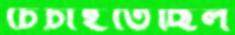
চেঁচাইতেছিল